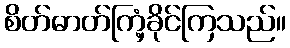
စိတ်ဓာတ်ကြံ့ခိုင်ကြသည်။